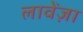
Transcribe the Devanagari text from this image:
लावेंज़ा